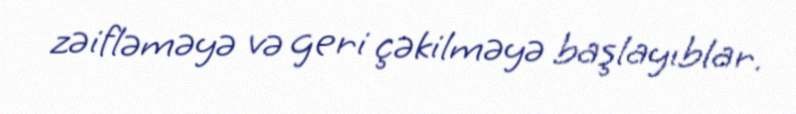
zəifləməyə və geri çəkilməyə başlayıblar.